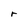
Character: r